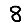
Digit: 8